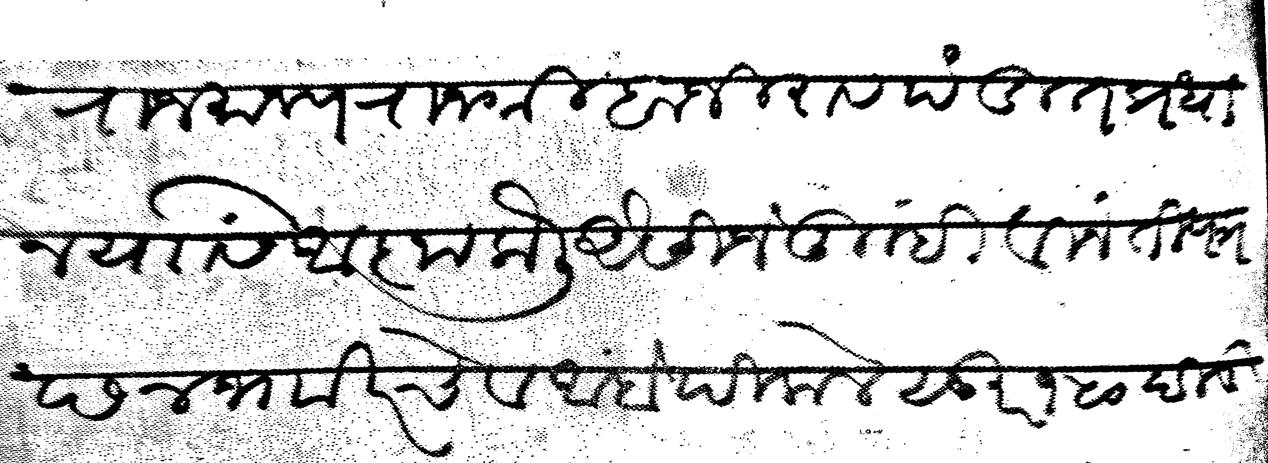
Transliteration (Devanagari): राजमान्य राजश्री बाजीराव पंडीत प्रधान यांसी आज्ञा केली जैसीजे तुम्ही विनंती पत्र छ ४ ज खर चे व आंबे पिकले सुर १५० दिड